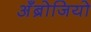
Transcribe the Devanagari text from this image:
अँब्रोजियो